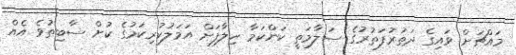
މައްޗަށް ވައިގެ ދަތުރުފަތުރުގެ ސަލާމަތީ ކަންކަމާ ހިލާފަށް އަމަލުކުރިކަމުގެ ކުށް ސާބިތުވެ އެއް